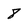
Character: 8